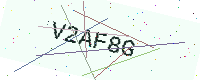
Text: V2AF8G